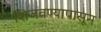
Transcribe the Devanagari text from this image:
शिजवण्यापासून